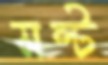
সল্ট